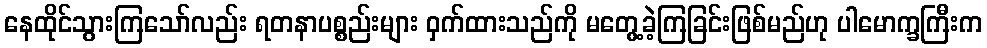
နေထိုင်သွားကြသော်လည်း ရတနာပစ္စည်းများ ဝှက်ထားသည်ကို မတွေ့ခဲ့ကြခြင်းဖြစ်မည်ဟု ပါမောက္ခကြီးက